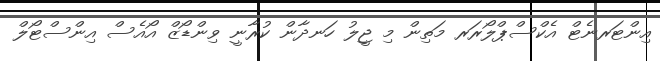
އިންޓަރނެޓް އެކްސްޕްލޯރަރ މަތިން މި ޖީލު ހަނދާން ކުރާނީ ވިންޑޯޒް އޯއެސް އިންސްޓޯލް